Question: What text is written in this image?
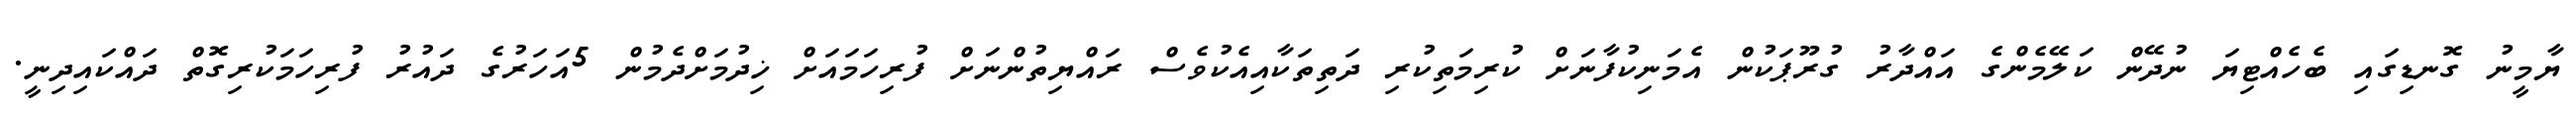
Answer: ޔާމީނު ގޮނޑިގައި ބެހެއްޓިޔަ ނުދޭން ކަލޭމެންގެ އައްދާރު ގުރޫޕަކުން އެމަނިކުފާނަށް ކުރިމަތިކުރި ދަތިތަކާއިއެކުވެސް ރައްޔިތުންނަށް ފުރިހަމައަށް ޚިދުމަށްދެމުން 5އަހަރުގެ ދައުރު ފުރިހަމަކުރިގޮތް ދައްކައިދިނީ.